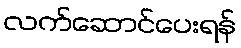
လက်ဆောင်ပေးရန်